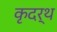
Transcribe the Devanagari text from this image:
कृदर्थ